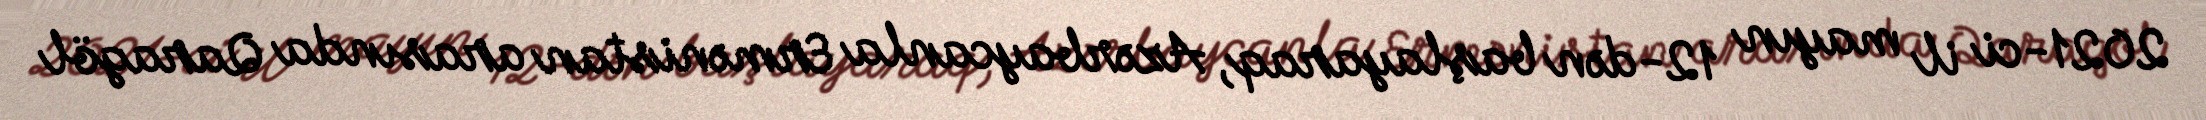
2021-ci il mayın 12-dən başlayaraq, Azərbaycanla Ermənistan arasında Qaragöl